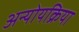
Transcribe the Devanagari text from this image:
अन्योयक्रिया